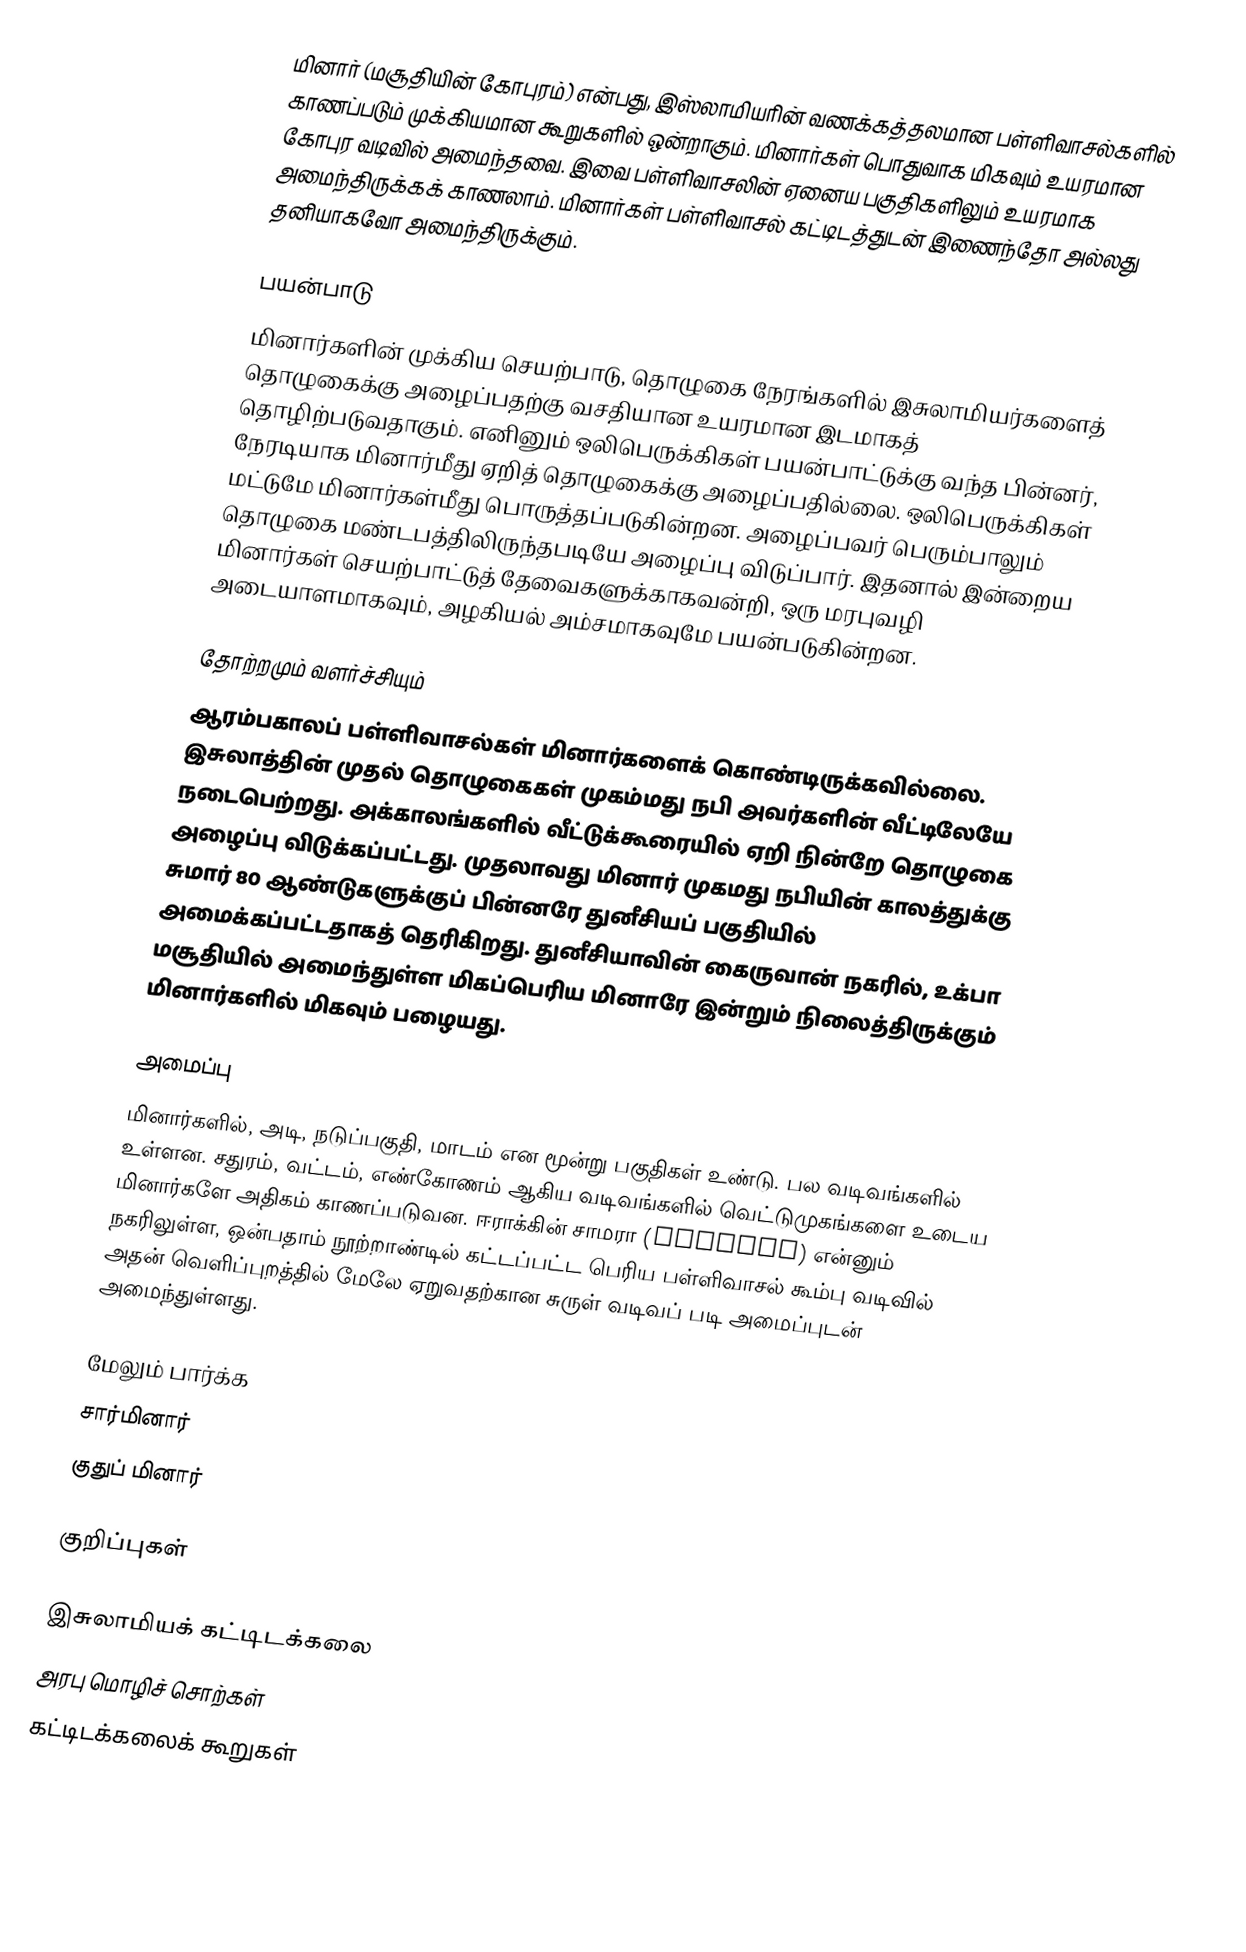
மினார் (மசூதியின் கோபுரம்)  என்பது, இஸ்லாமியரின் வணக்கத்தலமான பள்ளிவாசல்களில் காணப்படும் முக்கியமான கூறுகளில் ஒன்றாகும். மினார்கள் பொதுவாக மிகவும் உயரமான கோபுர வடிவில் அமைந்தவை. இவை பள்ளிவாசலின் ஏனைய பகுதிகளிலும் உயரமாக அமைந்திருக்கக் காணலாம். மினார்கள் பள்ளிவாசல் கட்டிடத்துடன் இணைந்தோ அல்லது தனியாகவோ அமைந்திருக்கும்.

பயன்பாடு
மினார்களின் முக்கிய செயற்பாடு, தொழுகை நேரங்களில் இசுலாமியர்களைத் தொழுகைக்கு அழைப்பதற்கு வசதியான உயரமான இடமாகத் தொழிற்படுவதாகும். எனினும் ஒலிபெருக்கிகள் பயன்பாட்டுக்கு வந்த பின்னர், நேரடியாக மினார்மீது ஏறித் தொழுகைக்கு அழைப்பதில்லை. ஒலிபெருக்கிகள் மட்டுமே மினார்கள்மீது பொருத்தப்படுகின்றன. அழைப்பவர் பெரும்பாலும் தொழுகை மண்டபத்திலிருந்தபடியே அழைப்பு விடுப்பார். இதனால் இன்றைய மினார்கள் செயற்பாட்டுத் தேவைகளுக்காகவன்றி, ஒரு மரபுவழி அடையாளமாகவும், அழகியல் அம்சமாகவுமே பயன்படுகின்றன.

தோற்றமும் வளர்ச்சியும்
ஆரம்பகாலப் பள்ளிவாசல்கள் மினார்களைக் கொண்டிருக்கவில்லை. இசுலாத்தின் முதல் தொழுகைகள் முகம்மது நபி அவர்களின் வீட்டிலேயே நடைபெற்றது. அக்காலங்களில் வீட்டுக்கூரையில் ஏறி நின்றே தொழுகை அழைப்பு விடுக்கப்பட்டது. முதலாவது மினார் முகமது நபியின் காலத்துக்கு சுமார் 80 ஆண்டுகளுக்குப் பின்னரே துனீசியப் பகுதியில் அமைக்கப்பட்டதாகத் தெரிகிறது. துனீசியாவின் கைருவான் நகரில், உக்பா மசூதியில் அமைந்துள்ள மிகப்பெரிய மினாரே இன்றும் நிலைத்திருக்கும் மினார்களில் மிகவும் பழையது.

அமைப்பு
மினார்களில், அடி, நடுப்பகுதி, மாடம் என மூன்று பகுதிகள் உண்டு. பல வடிவங்களில் உள்ளன. சதுரம், வட்டம், எண்கோணம் ஆகிய வடிவங்களில் வெட்டுமுகங்களை உடைய மினார்களே அதிகம் காணப்படுவன. ஈராக்கின் சாமரா (Samarra) என்னும் நகரிலுள்ள, ஒன்பதாம் நூற்றாண்டில் கட்டப்பட்ட பெரிய பள்ளிவாசல் கூம்பு வடிவில் அதன் வெளிப்புறத்தில் மேலே ஏறுவதற்கான சுருள் வடிவப் படி அமைப்புடன் அமைந்துள்ளது.

மேலும் பார்க்க
 சார்மினார்
 குதுப் மினார்

குறிப்புகள்

இசுலாமியக் கட்டிடக்கலை
அரபு மொழிச் சொற்கள்
கட்டிடக்கலைக் கூறுகள்